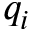
q _ { i }